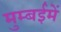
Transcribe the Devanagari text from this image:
मुम्बईमें